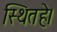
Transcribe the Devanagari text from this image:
स्थितहे।